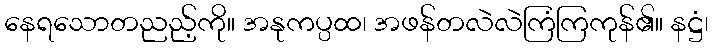
နေရသောတညည့်ကို။ အနုကပ္ပထ၊ အဖန်တလဲလဲကြံကြကုန်၏။ နဋ္ဌံ၊